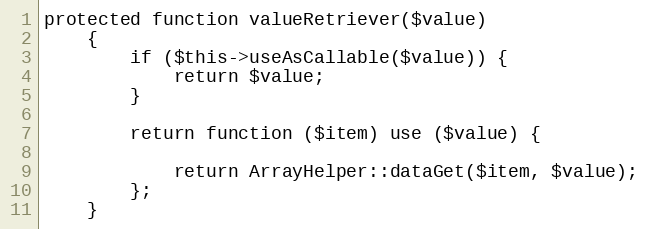
Language: PHP
protected function valueRetriever($value)
    {
        if ($this->useAsCallable($value)) {
            return $value;
        }

        return function ($item) use ($value) {

            return ArrayHelper::dataGet($item, $value);
        };
    }